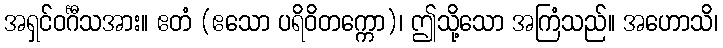
အရှင်ဝင်္ဂီသအား။ ဧတံ (ဧသော ပရိဝိတက္ကော)၊ ဤသို့သော အကြံသည်။ အဟောသိ၊